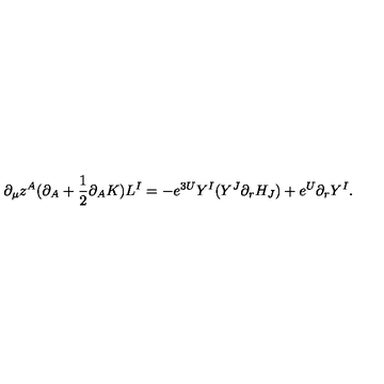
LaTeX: \partial _ { \mu } z ^ { A } ( \partial _ { A } + { \frac { 1 } { 2 } } \partial _ { A } K ) L ^ { I } = - e ^ { 3 U } Y ^ { I } ( { Y } ^ { J } \partial _ { r } H _ { J } ) + e ^ { U } \partial _ { r } Y ^ { I } .